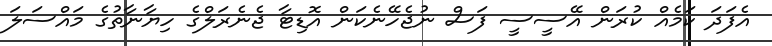
އެފަދަ ކަމެއް ކުރަން އޭސީސީ ފަސް ނުޖެހޭނެކަން އޮޑިޓާ ޖެނެރަލްގެ ހިޔާނާތުގެ މައްސަލަ